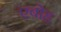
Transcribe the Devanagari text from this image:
एबोह